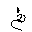
Letter: _ayn